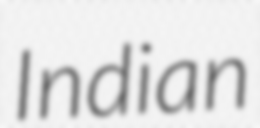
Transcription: Indian